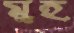
মুহ